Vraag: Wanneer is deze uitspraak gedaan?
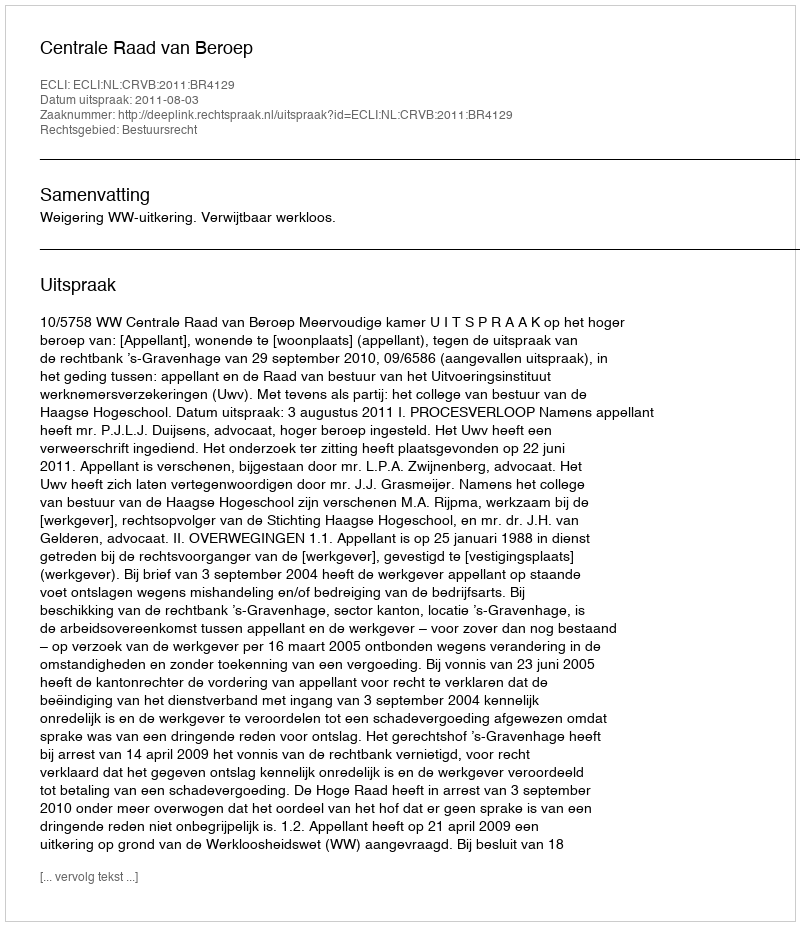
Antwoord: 2011-08-03